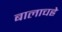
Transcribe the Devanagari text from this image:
बालाचह्रे